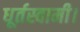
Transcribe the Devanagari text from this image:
धूर्तस्वामी।